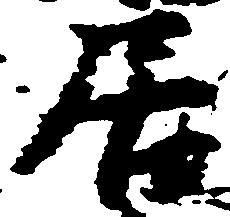
居